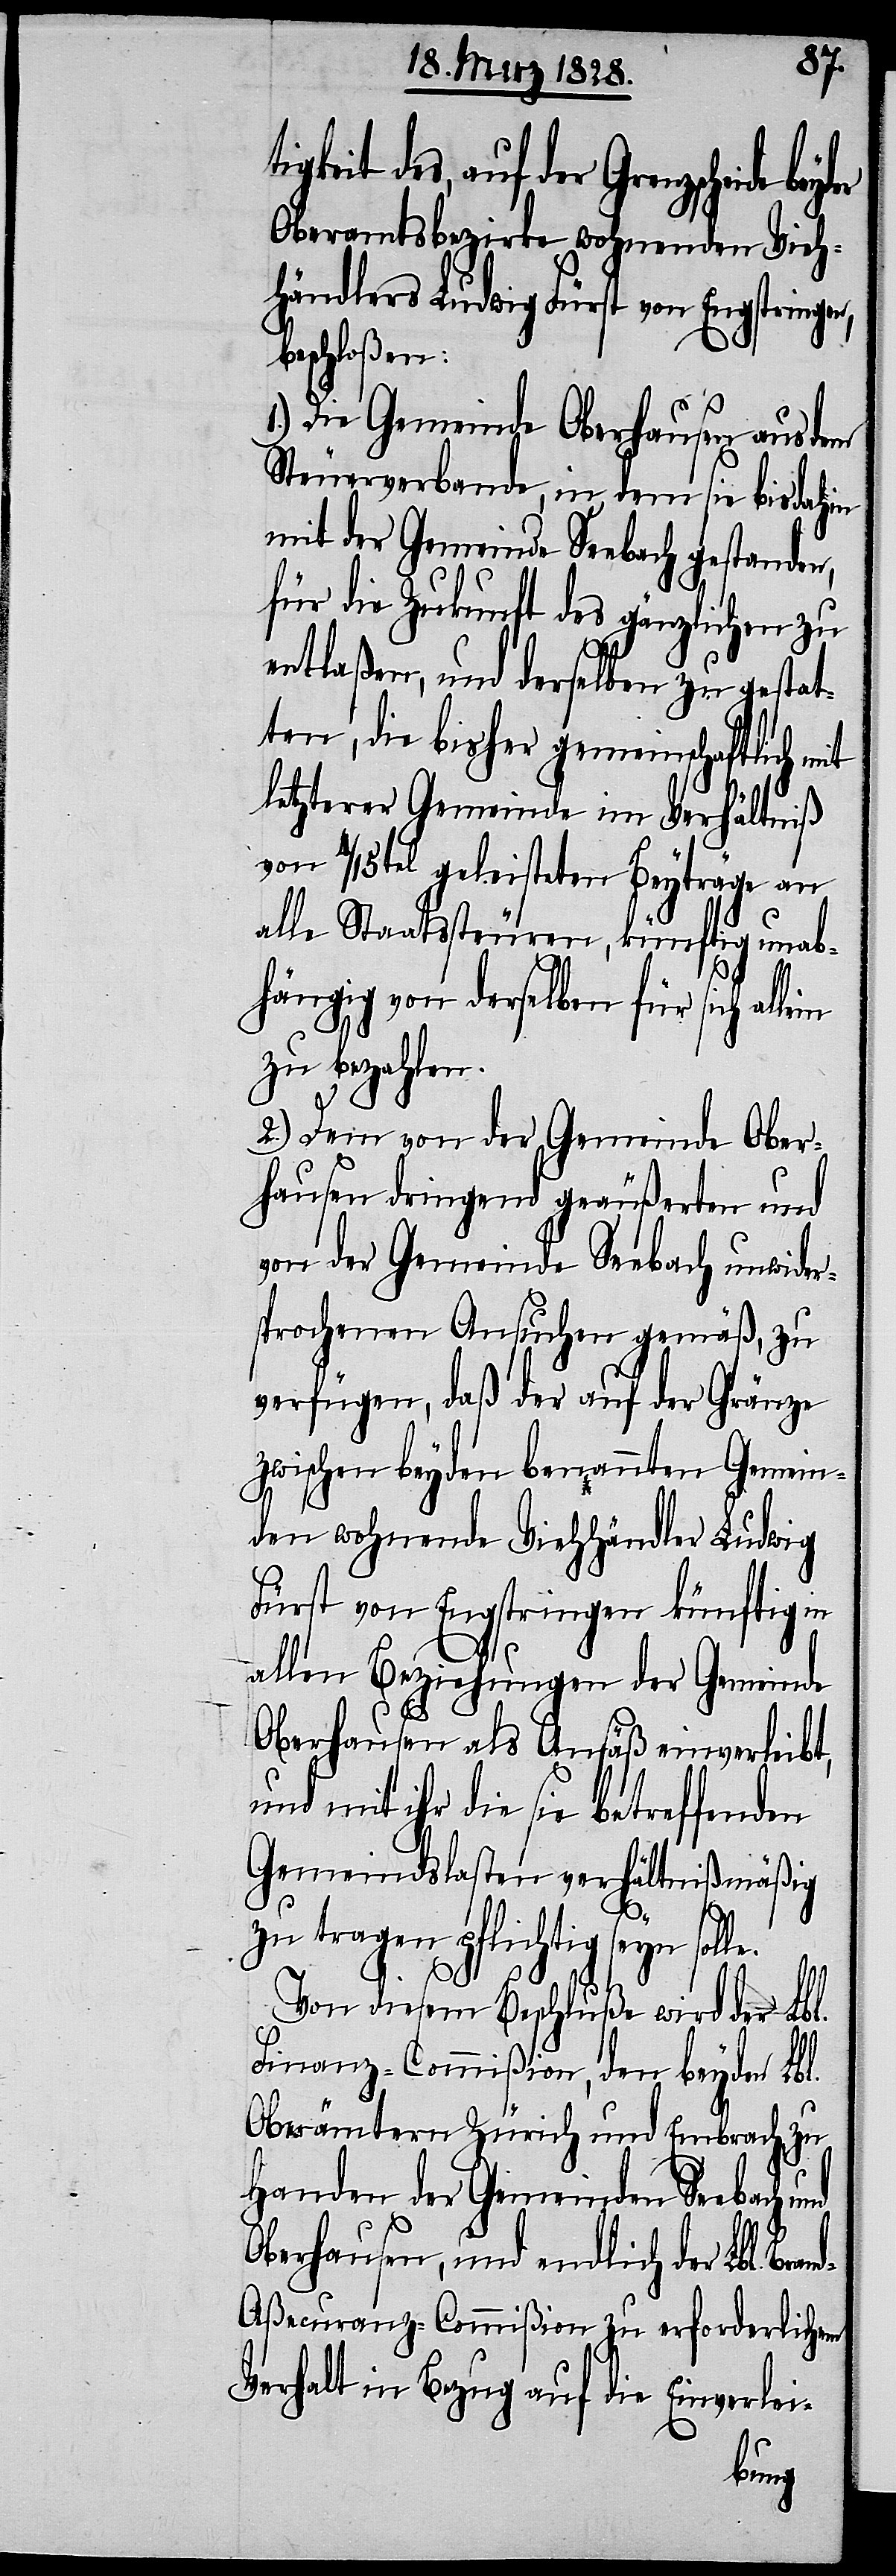
e.
keit des, auf der Grenzscheide
Oberamtsbezirke wohnenden Vieh¬
händlers Ludwig Fürst von Engstrin¬
beschloßen:
1.) Die Gemeinde Oberhausen aus dem
Steuerverbande, in dem sie bis dahin
mit der Gemeinde Seebach gestanden,
für die Zukunft des gänzlichen zu
entlaßen, und derselben zu gestat¬
ten, die bisher gemeinschaftlich
letzterer Gemeinde im Verhältniß
von 4/15tel geleisteten Beyträge an
alle Staatssteuren, künftig unab¬
hängig von derselben für sich
zu bezahlen.
2.) Dem von der Gemeinde Ober¬
hausen dringend geäußerten und
von der Gemeinde Seebach unwider¬
sprochenen Ansuchen gemäß, zu
verfügen, daß der auf der Gränze
zwischen beyden benannten Gemein¬
den wohnenden Viehhändler Ludwig
Fürst von Engstringen künftig in
allen Beziehungen der Gemeinde
Oberhausen als Ansäß einverleibt,
und mit ihr die sie betreffenden
Gemeindslasten verhältnißmäßig
zu tragen pflichtig seyn soll¬
Von diesem Beschluße wird der Lbl.
Finanz-Commißion, den beyden Lbl.
Oberämtern Zürich und Embrach, zu
Handen der Gemeinden Seebach
Oberhausen und endlich der Lbl. B¬
d-Aßecuranz-Commißion zu erforderlichem
Verhalt in Bezug auf die Einverlei-
ran¬